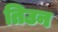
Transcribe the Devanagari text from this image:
तिउन